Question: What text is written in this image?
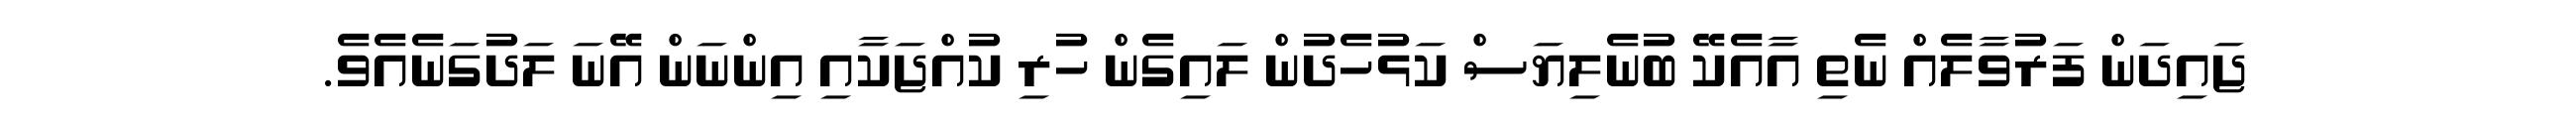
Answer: ޖައިދަން ފަރުވާލެއް ނެތި އާއެކޭ ބުނެލިޔަސް ކަޅުހެދުން ލައިގެން ހުރި ކުއްޖަކާއި އިންނަން އޭނަ ލަދުގަނެއެވެ.